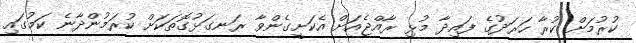
ކުރުމަށް ކުރާ ހަރަދުގެ ފައިދާ މުޅި ރާއްޖެއަށް އެކަށީގެންވާ ރަނގަޅުގޮތަކަށް ކުރަމުންދާނެ ކަމުގައި